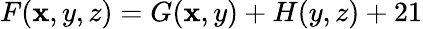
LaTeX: F(\mathbf{x},y,z)=G(\mathbf{x},y)+H(y,z)+21